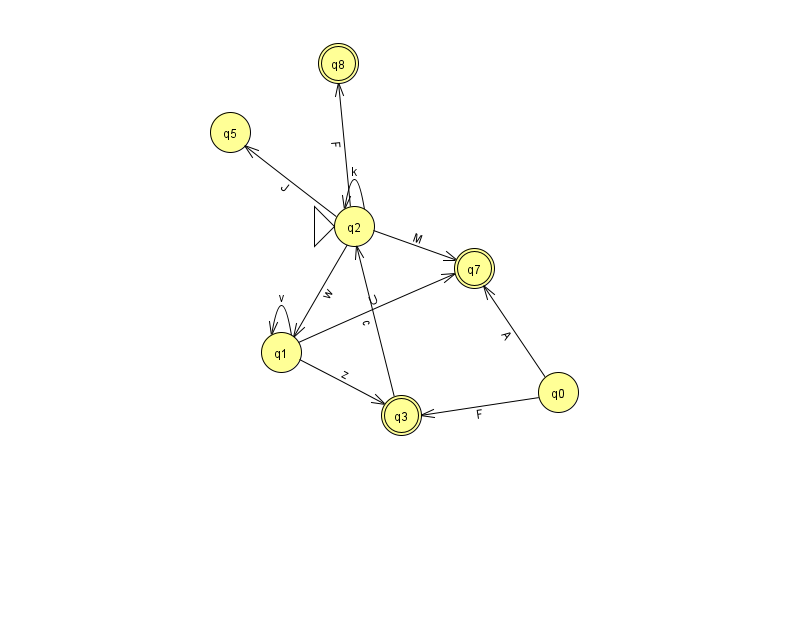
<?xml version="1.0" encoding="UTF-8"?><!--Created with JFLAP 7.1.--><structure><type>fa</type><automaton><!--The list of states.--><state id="0" name="q0"><x>558.0</x><y>379.0</y></state><state id="1" name="q1"><x>281.0</x><y>339.0</y></state><state id="2" name="q2"><x>354.0</x><y>213.0</y><initial/></state><state id="3" name="q3"><x>401.0</x><y>402.0</y><final/></state><state id="5" name="q5"><x>230.0</x><y>119.0</y></state><state id="7" name="q7"><x>474.0</x><y>255.0</y><final/></state><state id="8" name="q8"><x>338.0</x><y>50.0</y><final/></state><!--The list of transitions.--><transition><from>2</from><to>1</to><read>w</read></transition><transition><from>2</from><to>5</to><read>J</read></transition><transition><from>1</from><to>3</to><read>z</read></transition><transition><from>1</from><to>1</to><read>v</read></transition><transition><from>2</from><to>7</to><read>M</read></transition><transition><from>2</from><to>8</to><read>F</read></transition><transition><from>0</from><to>3</to><read>F</read></transition><transition><from>1</from><to>7</to><read>U</read></transition><transition><from>2</from><to>2</to><read>k</read></transition><transition><from>3</from><to>2</to><read>c</read></transition><transition><from>0</from><to>7</to><read>A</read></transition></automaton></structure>